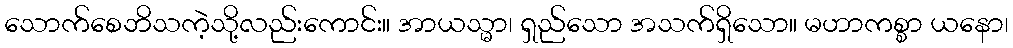
သောက်စေဘိသကဲ့သို့လည်းကောင်း။ အာယသ္မာ၊ ရှည်သော အသက်ရှိသော။ မဟာကစ္စာ ယနော၊